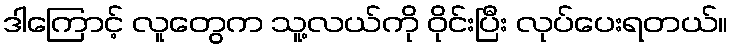
ဒါကြောင့် လူတွေက သူ့လယ်ကို ဝိုင်းပြီး လုပ်ပေးရတယ်။